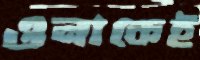
ওনাকেই